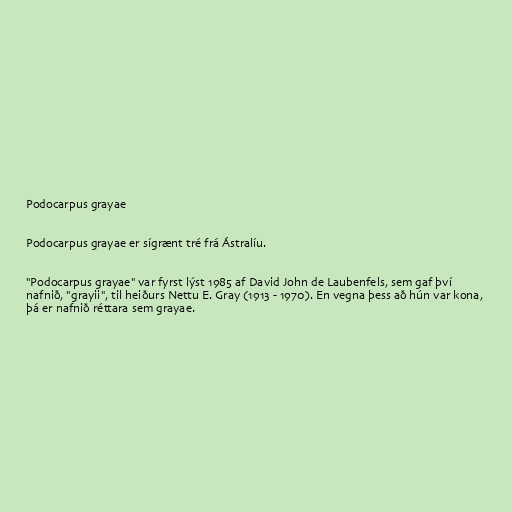
Podocarpus grayae

Podocarpus grayae er sígrænt tré frá Ástralíu.

"Podocarpus grayae" var fyrst lýst 1985 af David John de Laubenfels, sem gaf því
nafnið, "grayii", til heiðurs Nettu E. Gray (1913 - 1970). En vegna þess að hún var kona,
þá er nafnið réttara sem grayae.